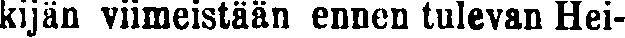
kijän viimeistään ennen tulevan Hei-